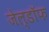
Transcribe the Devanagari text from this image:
जेल्डॉफ